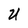
Character: U